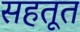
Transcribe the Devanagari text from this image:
सहतूत